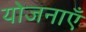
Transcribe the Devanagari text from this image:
योजनाऍं